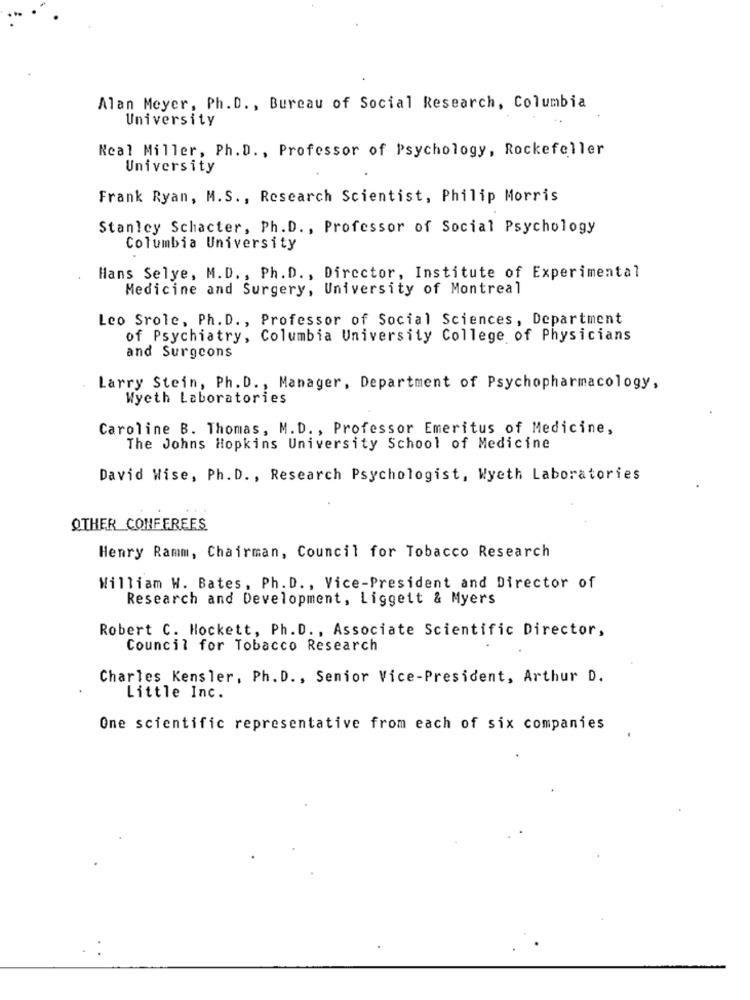
Alan Meyer, Ph. D ., Bureau of Social Research, Columbia
University
Neal Miller, Ph.D ., Professor of Psychology, Rockefeller
University
Frank Ryan, M.S ., Research Scientist, Philip Morris
Stanley Schacter, Ph.D ., Professor of Social Psychology
Columbia University
Hans Selye, M.D ., Ph. D ., Director, Institute of Experimental
Medicine and Surgery, University of Montreal
Leo Srole, Ph. D ., Professor of Social Sciences, Department
of Psychiatry, Columbia University College of Physicians
and Surgeons
Larry Stein, Ph. D ., Manager, Department of Psychopharmacology,
Wyeth Laboratories
Caroline B. Thomas, M.D ., Professor Emeritus of Medicine,
The Johns Hopkins University School of Medicine
David Wise, Ph. D ., Research Psychologist, Wyeth Laboratories
OTHER CONFEREES
Henry Ramm, Chairman, Council for Tobacco Research
William W. Bates, Ph. D ., Vice-President and Director of
Research and Development, Liggett & Myers
Robert C. Hockett, Ph. D ., Associate Scientific Director,
Council for Tobacco Research
Charles Kensler, Ph. D ., Senior Vice-President, Arthur D.
Little Inc.
One scientific representative from each of six companies